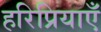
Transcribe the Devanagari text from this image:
हरिप्रियाएँ